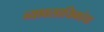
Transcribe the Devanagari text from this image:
व्यावसायिकांचा